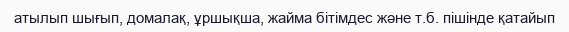
атылып шығып, домалақ, ұршықша, жайма бітімдес және т.б. пішінде қатайып